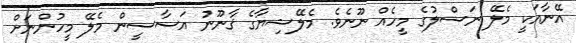
އޭނާއަކީ މެލޭ ނަސްލުގެ މީހެއް ނޫނެވެ. މެލޭޝިޔާގެ ޤާނޫނު އަސާސީން މެލޭ މީހުންނަށް